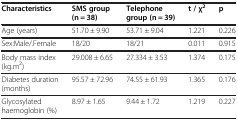
<table><thead><tr><td><b>Characteristics</b></td><td><b>SMS group (n = 38)</b></td><td><b>Telephone group (n = 39)</b></td><td><b>t / χ<sup>2</sup></b></td><td><b>p</b></td></tr></thead><tbody><tr><td>Age (years)</td><td>51.70 ± 9.90</td><td>53.71 ± 9.04</td><td>1.221</td><td>0.226</td></tr><tr><td>Sex:Male/.Female</td><td>18/20</td><td>18/21</td><td>0.011</td><td>0.915</td></tr><tr><td>Body mass index (kg.m<sup>2</sup>)</td><td>29.008 ± 6.65</td><td>27.334 ± 3.53</td><td>1.374</td><td>0.175</td></tr><tr><td>Diabetes duration (months)</td><td>95.57 ± 72.96</td><td>74.55 ± 61.93</td><td>1.365</td><td>0.176</td></tr><tr><td>Glycosylated haemoglobin (%)</td><td>8.97 ± 1.65</td><td>9.44 ± 1.72</td><td>1.219</td><td>0.227</td></tr></tbody></table>